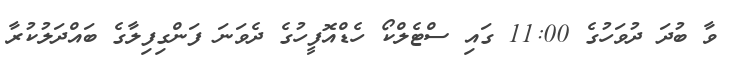
ވާ ބުދަ ދުވަހުގެ 11:00 ގައި ސްޓެލްކޯ ހެޑްއޮފީހުގެ ދެވަނަ ފަންގިފިލާގެ ބައްދަލުކުރާ